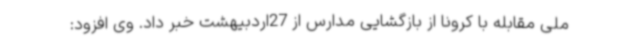
ملی مقابله با کرونا از بازگشایی مدارس از 27اردبیهشت خبر داد. وی افزود: